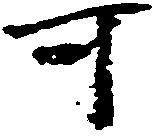
可